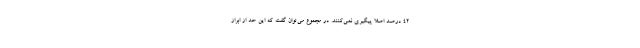
۴۲ درصد اصلاً پیگیری نمی‌کنند. در مجموع می‌توان گفت که این حد از ابراز